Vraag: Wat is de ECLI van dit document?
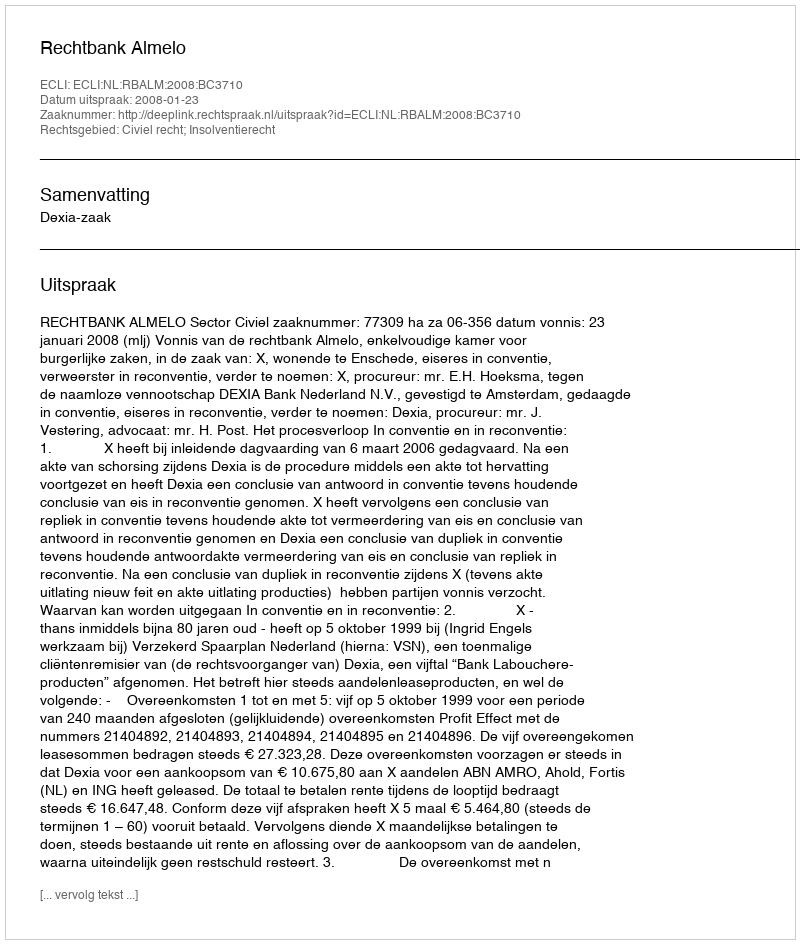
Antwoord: ECLI:NL:RBALM:2008:BC3710